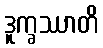
ဒူက္ခဿာတိ